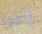
إنها